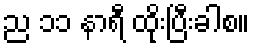
ည ၁၁ နာရီ ထိုးပြီးခါစ။